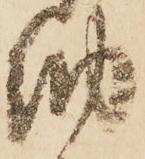
納